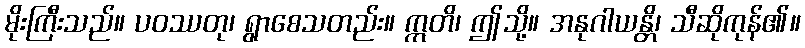
မိုးကြီးသည်။ ပဝဿတု၊ ရွာစေသတည်း။ ဣတိ၊ ဤသို့။ အနုဂါယန္တိ၊ သီဆိုကုန်၏။